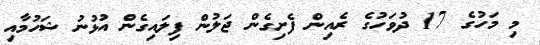
މި މަހުގެ 17 ދުވަހުގެ ރެއިން ފެށިގެން ޖަލުން ފިލައިގެން އުޅުނު ޝަހުމާއި